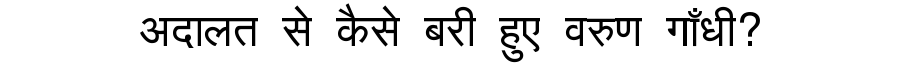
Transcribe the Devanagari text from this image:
अदालत से कैसे बरी हुए वरुण गाँधी?